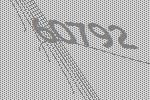
60792